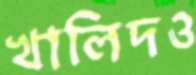
খালিদও